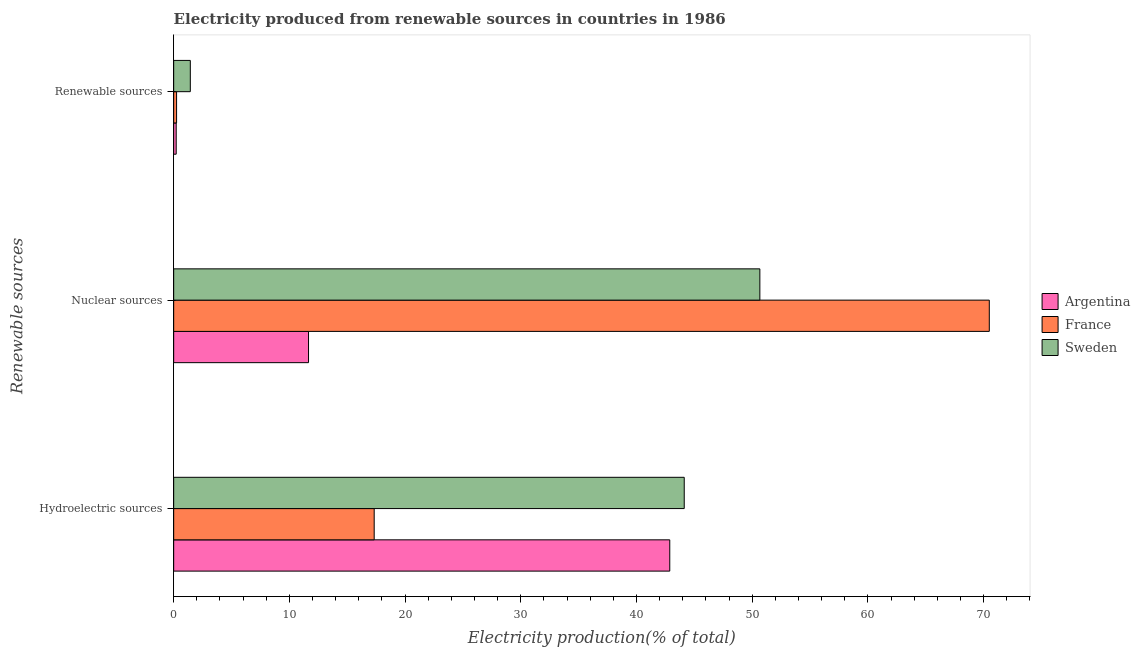
| Renewable sources | Argentina | France | Sweden |
 | --- | --- | --- | --- |
 | Hydroelectric sources | 42.9 | 17.3 | 44.1 |
 | Nuclear sources | 11.7 | 70.5 | 50.7 |
 | Renewable sources | 0.218 | 0.251 | 1.44 |